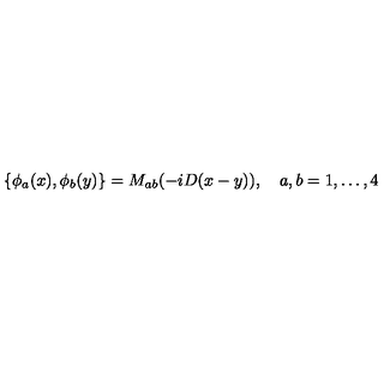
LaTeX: \{ \phi _ { a } ( x ) , \phi _ { b } ( y ) \} = M _ { a b } ( - i D ( x - y ) ) , \quad a , b = 1 , \ldots , 4